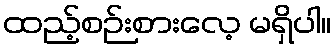
ထည့်စဉ်းစားလေ့ မရှိပါ။